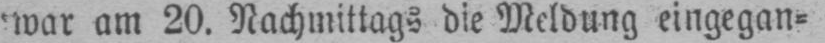
war am 20. Nachmittags die Meldung eingegan⸗